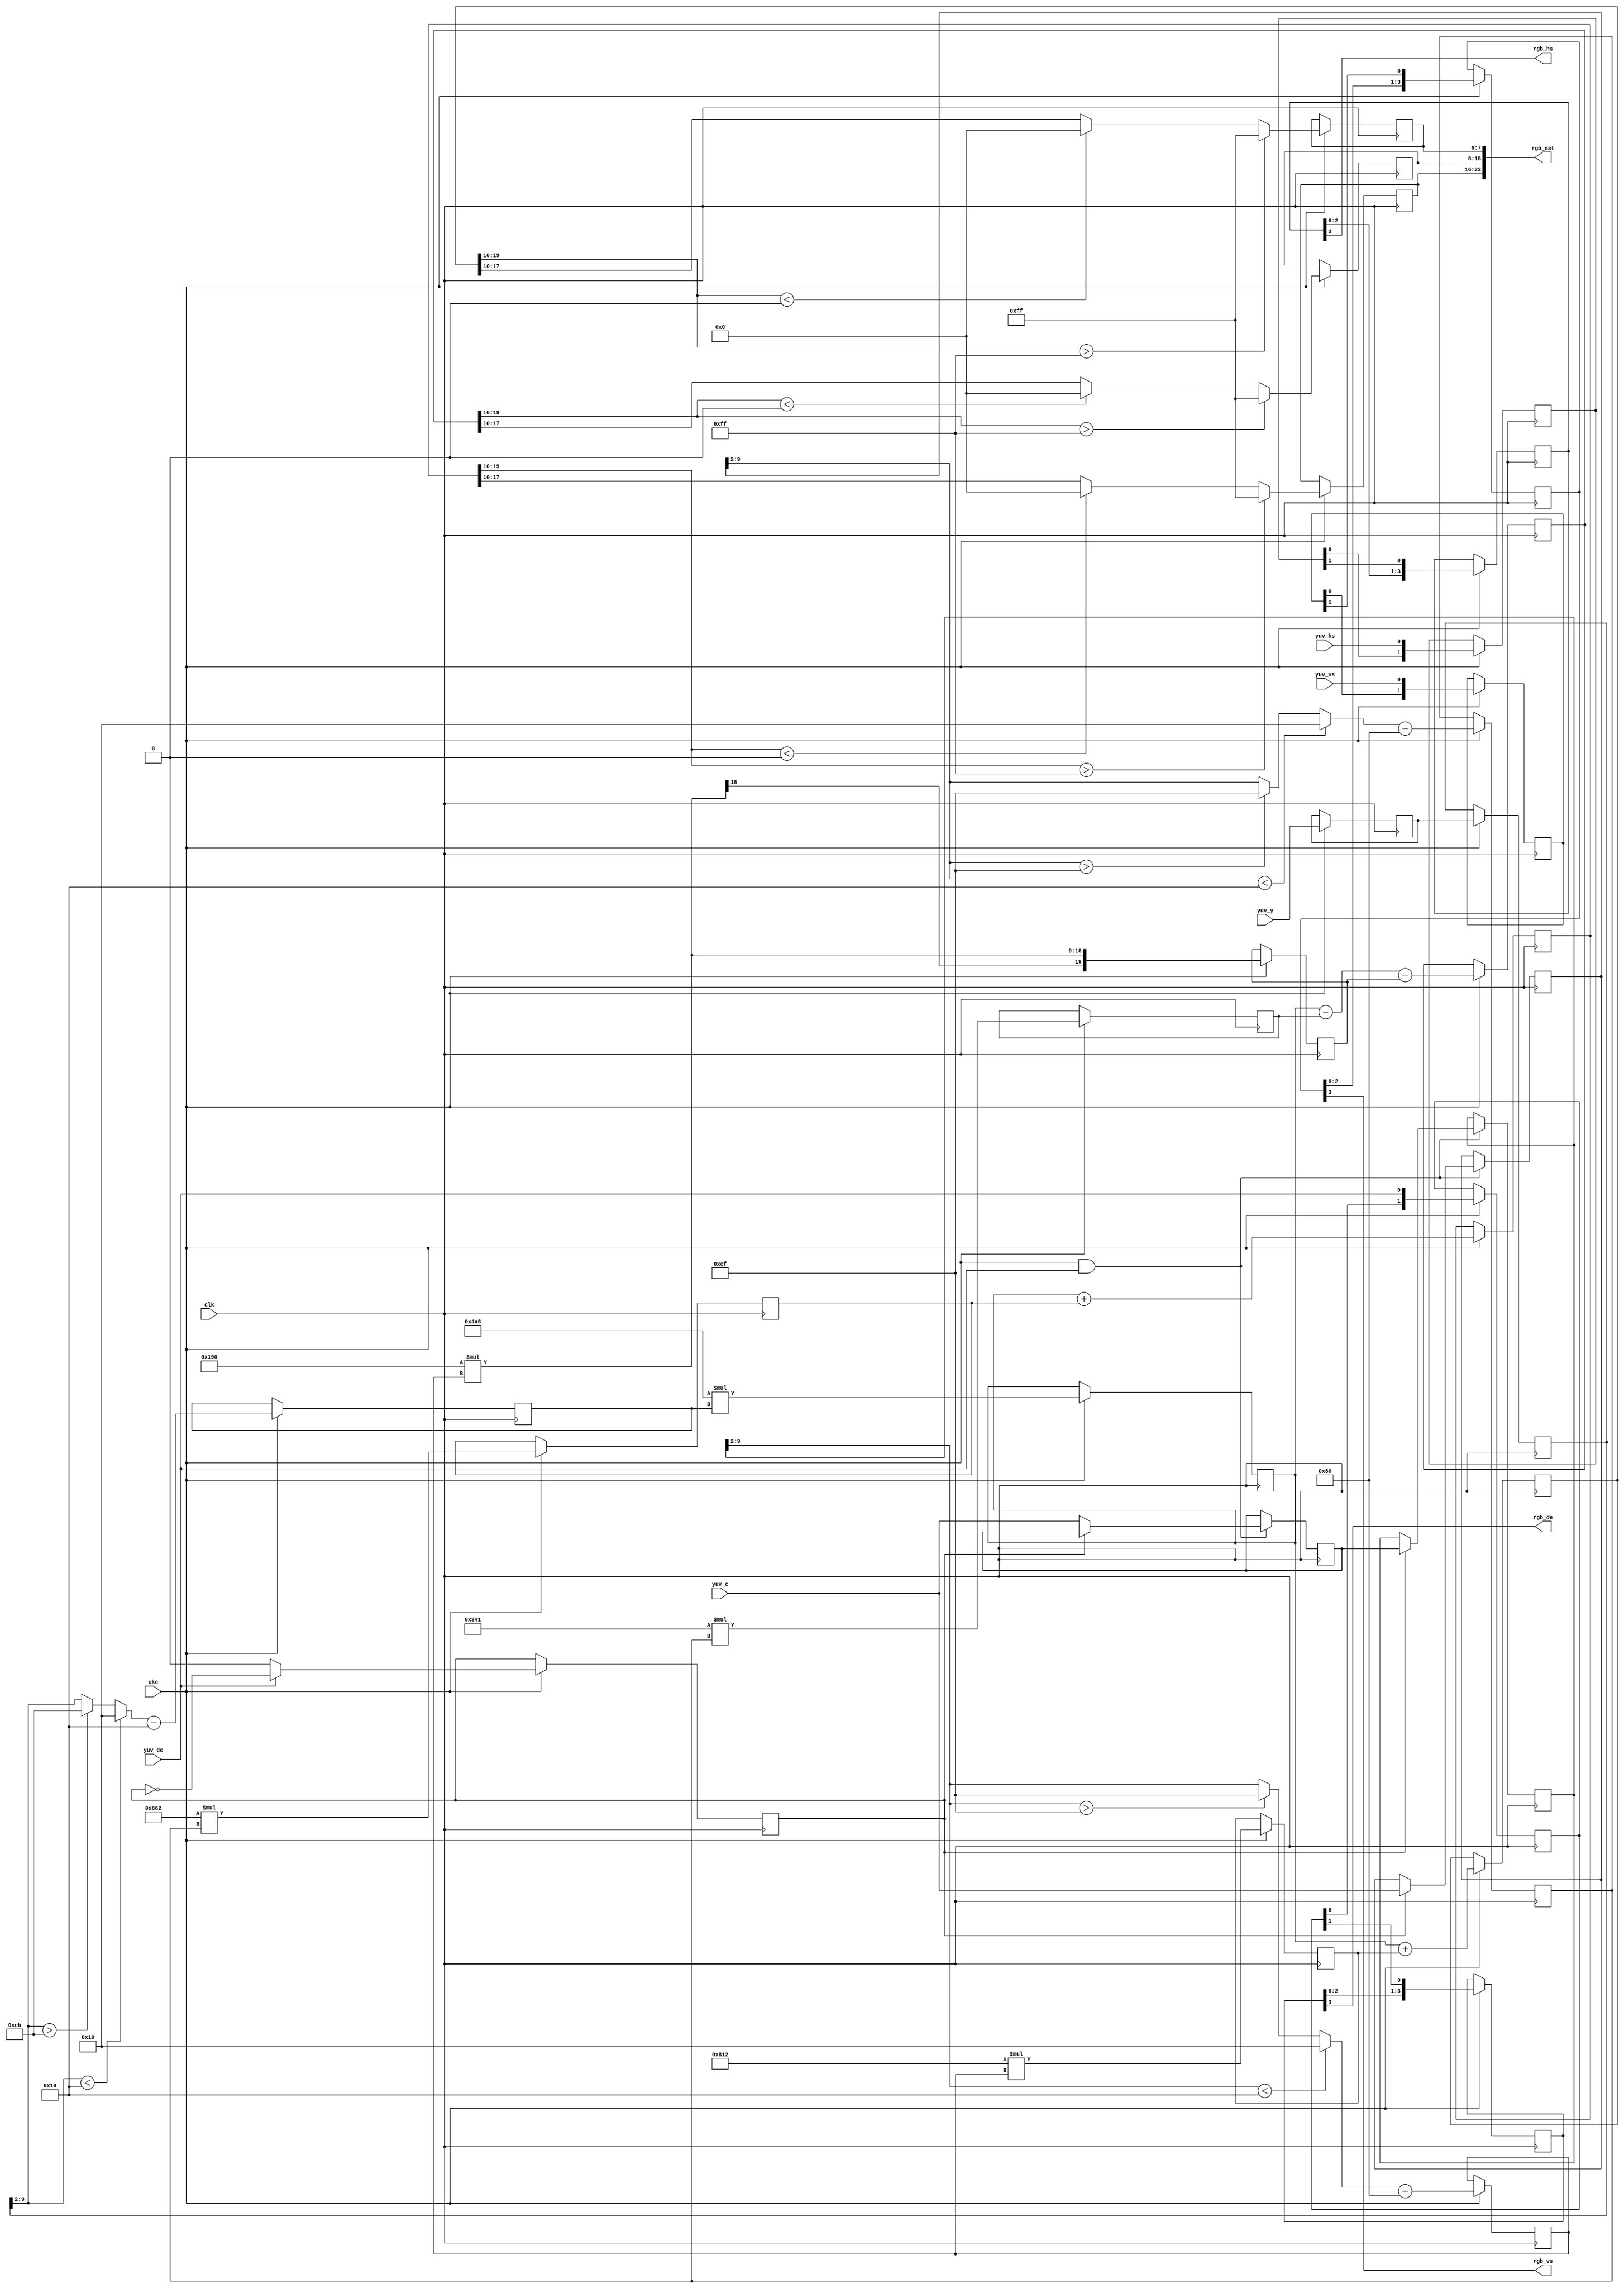
/***********************************************************************************\
*   Name    :3GSDI(1080P60)-yuv422 to rgb888,
*            10bit 3G-SDI YUV422 input, 4 to 1019 (00416 to 3FB16) inclusive,
*            03 and 10201023 (3FC163FF16) are reserved and may not appear anywhere in the payload.
*            R = 1.164(Y16)+1.596(V128)
*            G = 1.164(Y16)0.813(V128)0.391(U128)
*            B = 1.164(Y16)+2.018(U128)
*            RGB range [0,255],Y range [16,235],UV range [16,239]
*   Origin  :210427
*   Reference:
\***********************************************************************************/
module yuv422_to_rgb
(
    input       wire        clk     ,
    input       wire        cke     ,

    input       wire        yuv_hs  ,
    input       wire        yuv_vs  ,
    input       wire        yuv_de  ,
    input       wire [9 :0] yuv_y   ,
    input       wire [9 :0] yuv_c   ,

    output      wire        rgb_hs  ,
    output      wire        rgb_vs  ,
    output      wire        rgb_de  ,
    output      wire [23:0] rgb_dat
);
/*************************************************************************\
*
*   YUV422 to YUV444
*
\*************************************************************************/
reg        cr         = 1'd0;
reg [1 :0] sft_hs     = 'd0;
reg [1 :0] sft_vs     = 'd0;
reg [1 :0] sft_de     = 'd0;
reg [9 :0] yuv_y_r    = 'd0;

wire       yuv444_hs  = sft_hs[1];
wire       yuv444_vs  = sft_vs[1];
wire       yuv444_de  = sft_de[1];
reg [9 :0] yuv444_y   = 'd0;
reg [9 :0] yuv444_cb  = 'd0;
reg [9 :0] yuv444_cr  = 'd0;
always @(posedge clk) begin
    if (cke) begin
        yuv_y_r   <= yuv_y;
        yuv444_y  <= yuv_y_r;
        sft_hs    <= {sft_hs, yuv_hs};
        sft_vs    <= {sft_vs, yuv_vs};
        sft_de    <= {sft_de, yuv_de};
    end
end
always @(posedge clk) begin
    if(cke)begin
        if (yuv_de) begin
            cr <= ~cr;
        end else begin
            cr <= 1'd0;
        end
    end
end
reg signed [9:0]buffer_cb='d0;
always @(posedge clk) begin
    if(cke&&yuv_de)begin
        if (cr==0) begin
            buffer_cb <= yuv_c;
        end else begin
            yuv444_cb <= buffer_cb;
            yuv444_cr <= yuv_c;
        end
    end
end
/*************************************************************************\
*
*   YUV444 to RGB888
*
\*************************************************************************/
wire        [7 :0] yuv444_8b_y   =  (yuv444_y[9:2] < 16 )?16  :
                                    (yuv444_y[9:2] > 235)?235 :
                                     yuv444_y[9:2];
wire        [7 :0] yuv444_8b_cb  =  (yuv444_cb[9:2] < 16 )?16 :
                                    (yuv444_cb[9:2] > 239)?239:
                                     yuv444_cb[9:2];      
wire        [7 :0] yuv444_8b_cr  =  (yuv444_cr[9:2] < 16 )?16 :
                                    (yuv444_cr[9:2] > 239)?239:
                                     yuv444_cr[9:2];  


reg signed [8 :0]y_coe=0;
reg signed [8 :0]u_coe=0;
reg signed [8 :0]v_coe=0;
reg signed [19:0]rgb_int0=0;
reg signed [19:0]rgb_int1=0;
reg signed [19:0]rgb_int2=0;
reg signed [19:0]rgb_int3=0;
reg signed [19:0]rgb_int4=0;
reg signed [19:0]rgb_b=0;
reg signed [19:0]rgb_g=0;
reg signed [19:0]rgb_r=0;

wire signed[9:0]rgb_b_cut=rgb_b>>10;
wire signed[9:0]rgb_g_cut=rgb_g>>10;
wire signed[9:0]rgb_r_cut=rgb_r>>10;

reg signed [7 :0]rgb_8b_b=0;
reg signed [7 :0]rgb_8b_g=0;
reg signed [7 :0]rgb_8b_r=0;

reg        [3:0]sft_yuv444_hs  = 'd0;
reg        [3:0]sft_yuv444_vs  = 'd0;
reg        [3:0]sft_yuv444_de  = 'd0;
assign rgb_hs = sft_yuv444_hs[3];
assign rgb_vs = sft_yuv444_vs[3];
assign rgb_de = sft_yuv444_de[3];
assign rgb_dat = {rgb_8b_r,rgb_8b_g,rgb_8b_b};



always @(posedge clk) begin
    if (cke) begin
        y_coe <= yuv444_8b_y  -  16;
        u_coe <= yuv444_8b_cb - 128;
        v_coe <= yuv444_8b_cr - 128;

        // rgb_r <= 1192*y_coe + 1634*v_coe;
        // rgb_g <= 1192*y_coe -  833*v_coe - 400*u_coe ;
        // rgb_b <= 1192*y_coe + 2066*u_coe;
        rgb_int0 <= 1192*y_coe;
        rgb_int1 <= 1634*v_coe;
        rgb_int2 <= 833 *v_coe;
        rgb_int3 <= 400 *u_coe;
        rgb_int4 <= 2066*u_coe;
        rgb_r    <= rgb_int0 + rgb_int1;
        rgb_g    <= rgb_int0 - rgb_int2 - rgb_int3;
        rgb_b    <= rgb_int0 + rgb_int4;

        rgb_8b_b <= (rgb_b_cut>255)?255:
                    (rgb_b_cut<  0)?0  :
                     rgb_b_cut[7:0];
        rgb_8b_g <= (rgb_g_cut>255)?255:
                    (rgb_g_cut<  0)?0  :
                     rgb_g_cut[7:0];
        rgb_8b_r <= (rgb_r_cut>255)?255:
                    (rgb_r_cut<  0)?0  :
                     rgb_r_cut[7:0];

        sft_yuv444_hs <= {sft_yuv444_hs,yuv444_hs};
        sft_yuv444_vs <= {sft_yuv444_vs,yuv444_vs};
        sft_yuv444_de <= {sft_yuv444_de,yuv444_de};
    end
end

endmodule